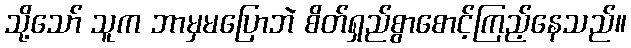
သို့သော် သူက ဘာမှမပြောဘဲ စိတ်ရှည်စွာစောင့်ကြည့်နေသည်။